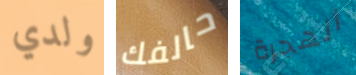
ولدي حالفك الهجرة